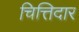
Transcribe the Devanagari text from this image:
चित्तिदार